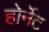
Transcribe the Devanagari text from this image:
होर्नेट